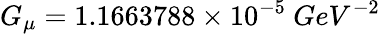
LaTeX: G_{\mu}=1.1663788\times 10^{-5}\ GeV^{-2}